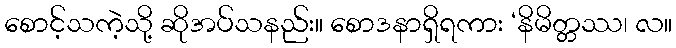
စောင့်သကဲ့သို့ ဆိုအပ်သနည်း။ စောဒနာရှိရကား ‘နိမိတ္တဿ၊ လ။